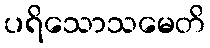
ပရိသောသမေတိ